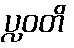
ပ္လဝတိ